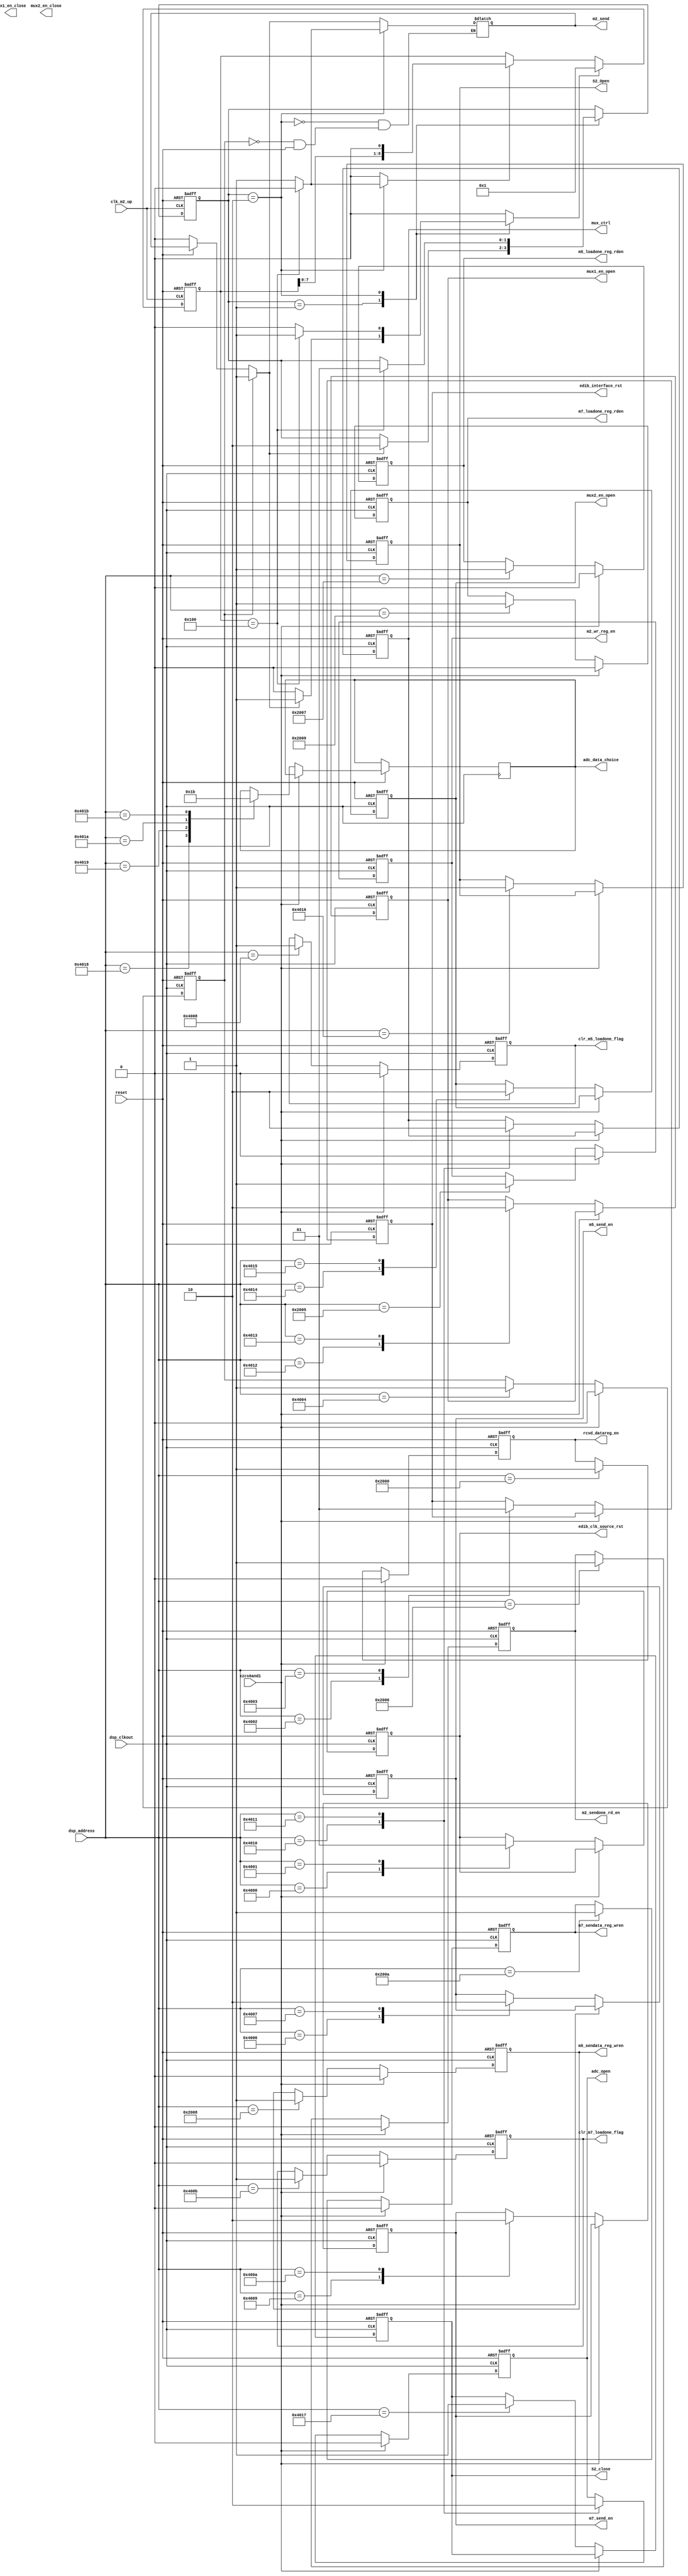
// address_encoder.v
module address_encoder
(
	reset,
	dsp_clkout,
	clk_m2_up,
	xzcs0and1,
	dsp_address,
	edib_clk_source_rst,
	edib_interface_rst,
	m2_send,
	m2_wr_reg_en,
	m2_sendone_rd_en,
	rcvd_datareg_en,
	clr_m5_loadone_flag,
	m5_sendata_reg_wren,
	m5_loadone_reg_rden,
	m5_send_en,
	clr_m7_loadone_flag,
	m7_sendata_reg_wren,
	m7_loadone_reg_rden,
	m7_send_en,
	adc_open,
	adc_data_choice,
	mux_ctrl,
	mux1_en_open,
	mux2_en_open,
	mux1_en_close,
	mux2_en_close,
	S2_Open,
	S2_close
);
input 			reset;
input 			dsp_clkout;
input 			clk_m2_up;
input 			xzcs0and1;
input [18:0]	dsp_address;
//input [15:0]dsp_data;
output 			edib_clk_source_rst;
output 			edib_interface_rst;
output 			m2_send;
output 			m2_wr_reg_en;
output 			m2_sendone_rd_en;
output 			rcvd_datareg_en;
output 			clr_m5_loadone_flag,m5_sendata_reg_wren,m5_loadone_reg_rden,m5_send_en;
output 			clr_m7_loadone_flag,m7_sendata_reg_wren,m7_loadone_reg_rden,m7_send_en;
//////////////////////////////////
output 			adc_open;
output [1:0]	adc_data_choice;
output 			mux_ctrl;
output 			mux1_en_open;
output 			mux2_en_open;
output 			mux1_en_close;
output 			mux2_en_close;
output 			S2_Open,S2_close;

reg   			mux1_en_open;
reg   			mux2_en_open;
reg   			mux1_en_close;
reg   			mux2_en_close;
reg   			adc_open;
reg	  [1:0]		adc_data_choice;
reg   			mux_ctrl;
/////////////////////////////////

reg 			edib_clk_source_rst;
reg 			edib_interface_rst;
reg [8:0] 		m2start_pulse_counter;
reg 			m2start_pulse_counter_inc;
reg 			m2start_pulse_counter_clr;
reg [1:0] 		state;
reg [1:0]		next_state;
reg  			S2_Open;
reg 			S2_close;
//reg [15:0]m2send_reg;
reg 			m2_send_en;
reg 			m2_send;
reg 			m2_wr_reg_en;
reg 			m2_sendone_rd_en;
reg 			rcvd_datareg_en;
reg 			clr_m5_loadone_flag,m5_sendata_reg_wren,m5_loadone_reg_rden,m5_send_en;
reg 			clr_m7_loadone_flag,m7_sendata_reg_wren,m7_loadone_reg_rden,m7_send_en;

parameter ECSR_ON_ADDRESS =19'h04000;
parameter ECSR_OFF_ADDRESS =19'h04001;
parameter EIR_ON_ADDRESS =19'h04002;
parameter EIR_OFF_ADDRESS =19'h04003;
parameter M2SEND_ADDRESS =19'h04004;
parameter M5SEND_ON_ADDRESS =19'h04006;
parameter M5SEND_OFF_ADDRESS =19'h04007;
parameter CLR_M5_LOADONE_FLAG_ADDRESS =19'h04008;
parameter M7SEND_ON_ADDRESS =19'h04009;
parameter M7SEND_OFF_ADDRESS =19'h0400A;
parameter CLR_M7_LOADONE_FLAG_ADDRESS =19'h0400B;
parameter RCVD_DATAREG_ADDRESS =19'h02000;
parameter M2_REG_ADDRESS =19'h2005;
parameter M2_SENDONE_ADDRESS =19'h2006;
parameter M5_LOADONE_REG_ADDRESS=19'h2007;
parameter M5_SENDATA_REG_ADDRESS=19'h2008;
parameter M7_LOADONE_REG_ADDRESS=19'h2009;
parameter M7_SENDATA_REG_ADDRESS=19'h200A;
//////////////////////////////

parameter  AdcOPEN_ADDRESS=19'h4010;
parameter  AdcCLOSE_ADDRESS=19'h4011;
parameter  Mux1OPEN_ADDRESS=19'h4012;
parameter  Mux1CLOSE_ADDRESS=19'h4013;
parameter  Mux2OPEN_ADDRESS=19'h4014;
parameter  Mux2CLOSE_ADDRESS=19'h4015;
parameter  S2OPEN_ADDRESS=19'h4016;
parameter  S2CLOSE_ADDRESS=19'h4017;
parameter  AdcDATA1_CHOICE_ADDRESS=19'h4018;
parameter  AdcDATA2_CHOICE_ADDRESS=19'h4019;
parameter  AdcDATA3_CHOICE_ADDRESS=19'h401A;
parameter  AdcDATA4_CHOICE_ADDRESS=19'h401B;

////////////////////////////////

parameter state1=2'b01;
parameter state2=2'b10;

always @(posedge dsp_clkout,negedge reset)
begin
    if(reset==0)
    begin
		mux_ctrl<=0;
		edib_clk_source_rst<=1;
		edib_interface_rst<=1;

		m2_send_en<=0;
		m2_wr_reg_en<=0;
		m2_sendone_rd_en<=0;
		rcvd_datareg_en<=0;

		m5_send_en<=0;
		clr_m5_loadone_flag<=0;
		m5_sendata_reg_wren<=0;
		m5_loadone_reg_rden<=0;

		m7_send_en<=0;
		clr_m7_loadone_flag<=0;
		m7_sendata_reg_wren<=0;
		m7_loadone_reg_rden<=0; 

		/////////////////////////////////////
		adc_open<=0;
		mux1_en_open<=0;
		mux2_en_open<=0;
		//mux1_en_close<=0;
		//mux2_en_close<=0;
		S2_Open<=0;
		S2_close<=0;
		///////////////////////////////////
    end
    else
    begin
        if(xzcs0and1==0)
        begin
            case(dsp_address)
            ECSR_ON_ADDRESS: 
                edib_clk_source_rst<=0;
            ECSR_OFF_ADDRESS:
                edib_clk_source_rst<=1; 
            EIR_ON_ADDRESS:
                edib_interface_rst<=0;
            EIR_OFF_ADDRESS: 
                edib_interface_rst<=1;

            M5SEND_ON_ADDRESS:
                m5_send_en<=1;
            M5SEND_OFF_ADDRESS:
                m5_send_en<=0;
            CLR_M5_LOADONE_FLAG_ADDRESS:
                clr_m5_loadone_flag<=1;
            M5_LOADONE_REG_ADDRESS:
                m5_loadone_reg_rden<=1;
            M5_SENDATA_REG_ADDRESS:
                m5_sendata_reg_wren<=1;

            M7SEND_ON_ADDRESS:
                m7_send_en<=1;
            M7SEND_OFF_ADDRESS:
                m7_send_en<=0;
            CLR_M7_LOADONE_FLAG_ADDRESS:
                clr_m7_loadone_flag<=1;
            M7_LOADONE_REG_ADDRESS:
                m7_loadone_reg_rden<=1;
            M7_SENDATA_REG_ADDRESS:
                m7_sendata_reg_wren<=1;

            M2SEND_ADDRESS:
                m2_send_en<=1;
            M2_REG_ADDRESS:
                m2_wr_reg_en<=1;
            M2_SENDONE_ADDRESS:
                m2_sendone_rd_en<=1;
            RCVD_DATAREG_ADDRESS:
                rcvd_datareg_en<=1;     

            AdcOPEN_ADDRESS:
				begin
					mux_ctrl<=1;
					adc_open<=1;
				end
            AdcCLOSE_ADDRESS:
				begin
					mux_ctrl<=0;
					adc_open<=0;
				end
			AdcDATA1_CHOICE_ADDRESS:
				adc_data_choice<=2'b00;
			AdcDATA2_CHOICE_ADDRESS:
				adc_data_choice<=2'b01;
			AdcDATA3_CHOICE_ADDRESS:
				adc_data_choice<=2'b10;
			AdcDATA4_CHOICE_ADDRESS:
				adc_data_choice<=2'b11;
				
            Mux1OPEN_ADDRESS:
                mux1_en_open<=1;
            Mux1CLOSE_ADDRESS:
                mux1_en_open<=0;
            Mux2OPEN_ADDRESS:
                mux2_en_open<=1;
            Mux2CLOSE_ADDRESS:
                mux2_en_open<=0;
            S2OPEN_ADDRESS:
                S2_Open<=1;
            S2CLOSE_ADDRESS:
                S2_close<=1;
            endcase 
        end
        else
        begin
			m2_send_en<=0;
			m2_wr_reg_en<=0;
			m2_sendone_rd_en<=0; 
			rcvd_datareg_en<=0;

			clr_m5_loadone_flag<=0;
			m5_loadone_reg_rden<=0;
			m5_sendata_reg_wren<=0;

			clr_m7_loadone_flag<=0;
			m7_loadone_reg_rden<=0;
			m7_sendata_reg_wren<=0;  

			adc_open<=0;
			// mux1_en_open<=0;
			// mux2_en_open<=0;
			// mux1_en_close<=0;
			// mux2_en_close<=0;
			// S2_Open<=0;
			// S2_close<=0;
        end
    end
end


always @(reset,state,m2_send,m2start_pulse_counter,m2_send_en)
begin
    if(!reset)
         m2_send=0;
    if(m2_send_en==1)
    begin
        m2_send=1;
    end
    m2start_pulse_counter_inc=0;
    m2start_pulse_counter_clr=0;
    next_state=state;

    case(state)
    state1:
        if(m2_send==1)
        begin
            next_state=state2;
            m2start_pulse_counter_clr=1;
        end
    state2:
        if(m2start_pulse_counter==9'b100000000)
        begin
           m2start_pulse_counter_clr=1;
           m2_send=0;
           next_state=state1; 
        end
        else
        begin
           m2start_pulse_counter_inc=1;
           m2_send=1;
        end
    endcase
end

always @(posedge clk_m2_up,negedge reset)
begin
    if(reset==0)
    begin
        state<=state1;
        m2start_pulse_counter<=9'b000000001;
    end
    else
    begin
        state<=next_state;
        if(m2start_pulse_counter_inc==1)
            m2start_pulse_counter<={m2start_pulse_counter[7:0],1'b0};
        if(m2start_pulse_counter_clr==1)
            m2start_pulse_counter<=9'b000000001; 
    end
end

endmodule